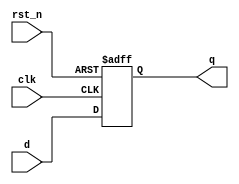
// 1bit ff
module dff (
    input d,
    input clk,
    input rst_n,
    output reg q
);

  always @(posedge clk or negedge rst_n) begin
    q <= 0;
    if (~rst_n) q <= 1'b0;
    else q <= d;
  end

endmodule